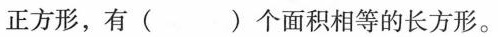
正方形，有( )个面积相等的长方形。